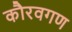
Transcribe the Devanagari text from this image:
कौरवगण